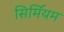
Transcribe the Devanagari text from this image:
सिर्मियम